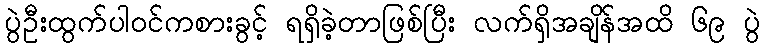
ပွဲဦးထွက်ပါဝင်ကစားခွင့် ရရှိခဲ့တာဖြစ်ပြီး လက်ရှိအချိန်အထိ ၆၉ ပွဲ